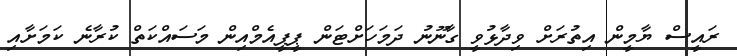
ރައީސް ޔާމީން އިތުރަށް ވިދާޅުވީ ގާނޫނު ދަމަހަށްޓަން ޕީޕީއެމްއިން މަސައްކަތް ކުރާނެ ކަމަށާއި